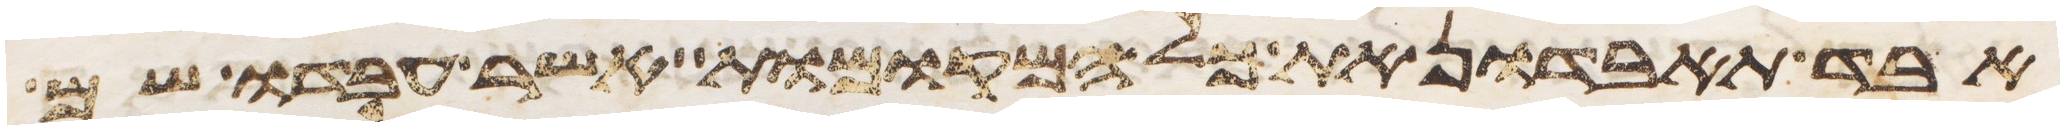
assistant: אבד תאבדון את כל המקומות אשר עבדו שם